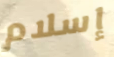
إسلام